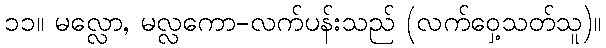
၁၁။ မလ္လော, မလ္လကော-လက်ပန်းသည် (လက်ဝှေ့သတ်သူ)။